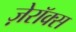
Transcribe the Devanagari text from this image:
ज़ेरॉक्स